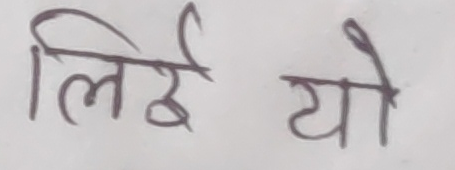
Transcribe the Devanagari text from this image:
लिई यो